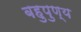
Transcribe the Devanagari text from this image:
बहुपुण्य